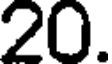
20.